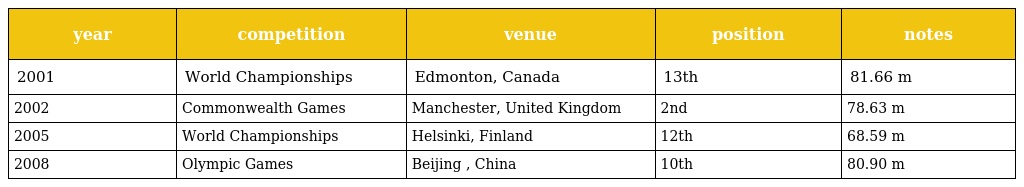
| year | competition | venue | position | notes |
 | --- | --- | --- | --- | --- |
 | 2001 | World Championships | Edmonton, Canada | 13th | 81.66 m |
 | 2002 | Commonwealth Games | Manchester, United Kingdom | 2nd | 78.63 m |
 | 2005 | World Championships | Helsinki, Finland | 12th | 68.59 m |
 | 2008 | Olympic Games | Beijing , China | 10th | 80.90 m |